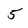
Character: 5